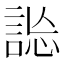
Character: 𧧴